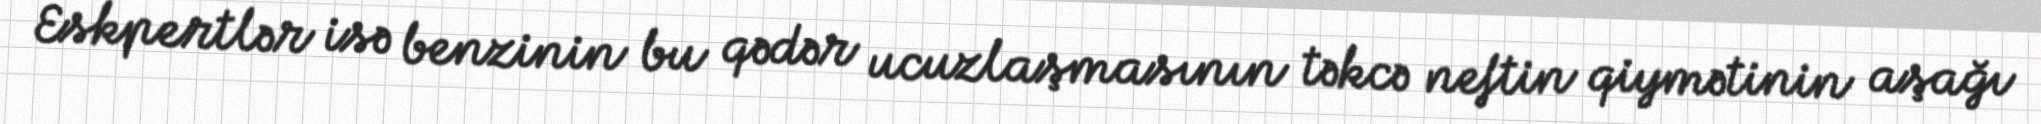
Eskpertlər isə benzinin bu qədər ucuzlaşmasının təkcə neftin qiymətinin aşağı